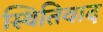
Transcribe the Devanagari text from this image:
स्थितिवाद